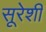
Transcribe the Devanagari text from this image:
सूरेशी